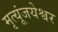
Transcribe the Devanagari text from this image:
मृत्यूंजयेश्वर